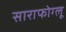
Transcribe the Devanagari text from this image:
साराफोग्लू